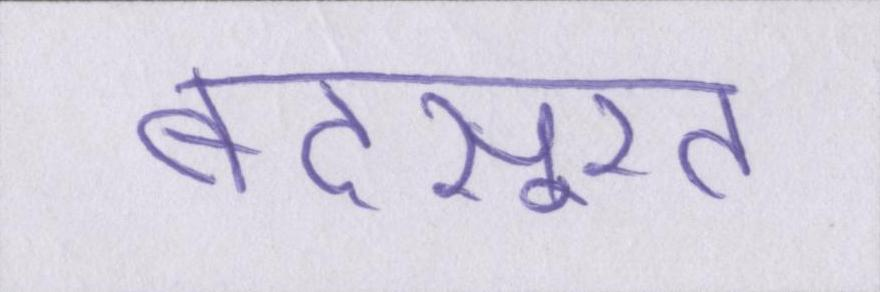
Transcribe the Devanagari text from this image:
बदसूरत